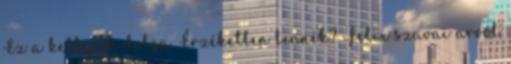
Ez a kettejük dolga. Érzéketlen lennék? Felix szavai arról